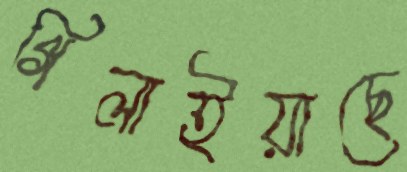
গিলাইয়াছে